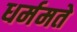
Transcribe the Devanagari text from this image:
धर्ममते